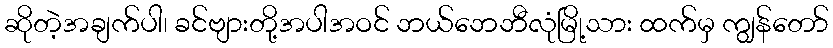
ဆိုတဲ့အချက်ပါ၊ ခင်ဗျားတို့အပါအဝင် ဘယ်ဘေဘီလုံမြို့သား ထက်မှ ကျွန်တော်